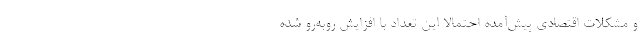
و مشکلات اقتصادی پیش‌آمده احتمالا این تعداد با افزایش روبه‌رو شده